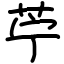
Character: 苧